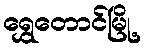
ရွှေတောင်မြို့